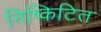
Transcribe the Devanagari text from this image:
निष्किटित